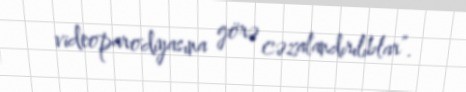
videoparodiyasına görə cəzalandırılıblar”.